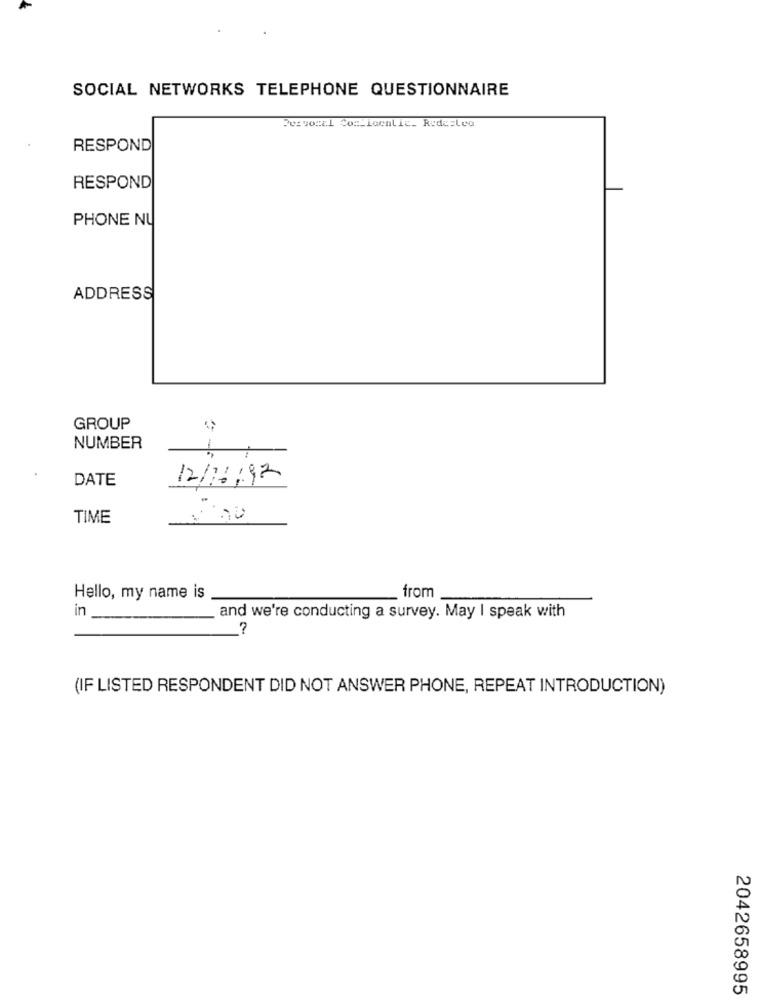
SOCIAL NETWORKS TELEPHONE QUESTIONNAIRE
Pervoral Com_localic. Redesleo
RESPOND
RESPOND
PHONE NU
ADDRESS
GROUP
NUMBER
DATE
12/11/92
TIME
Hello, my name is
from
in
and we're conducting a survey. May I speak with
(IF LISTED RESPONDENT DID NOT ANSWER PHONE, REPEAT INTRODUCTION)
2042658995